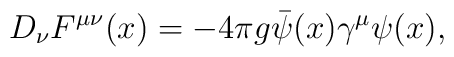
D_\nu F^{\mu\nu}(x) = - 4 \pi g \bar{\psi}(x) \gamma^\mu \psi(x),